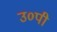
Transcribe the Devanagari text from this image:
उ०पी